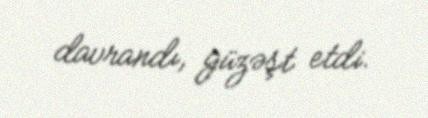
davrandı, güzəşt etdi.